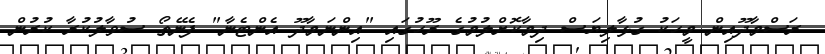
ރަސްމާދޫއިން މީހަކު ގުޅާލިޔަސް ދިމާކޮށްލުމުގެ ރޫހުގައި "އިންނަމާދޫ އެންޓެނާ" ފެނޭތޯ ސުވާލުކުރާ ކުރުން